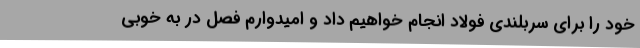
خود را برای سربلندی فولاد انجام خواهیم داد و امیدوارم فصل در به خوبی